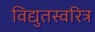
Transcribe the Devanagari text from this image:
विद्युतस्वरित्र